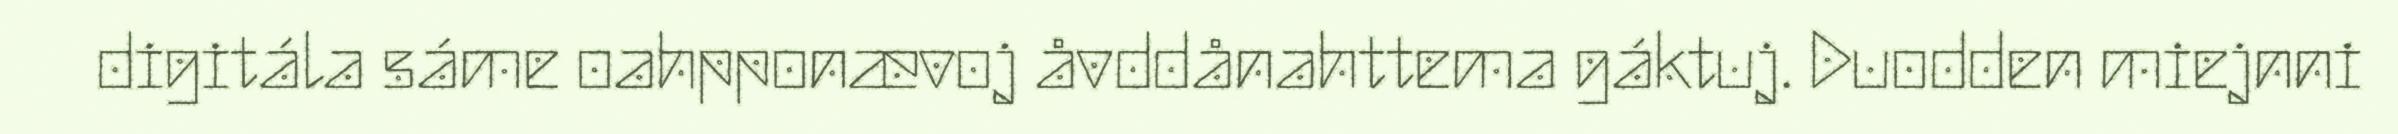
digitála sáme oahpponævoj åvddånahttema gáktuj. Duodden miejnni